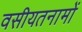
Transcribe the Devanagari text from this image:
वसीयतनामों